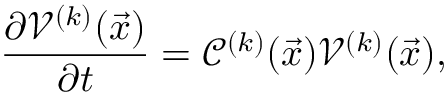
\frac { \partial \mathcal V ^ { ( k ) } ( \vec { x } ) } { \partial t } = \mathcal C ^ { ( k ) } ( \vec { x } ) \mathcal V ^ { ( k ) } ( \vec { x } ) ,